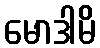
မောဒါမိ